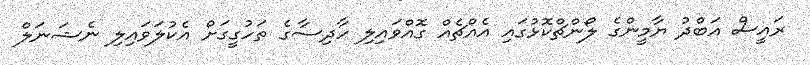
ރައީސް އަބްދު ޔާމީންގެ ލޯންޗްކޮޅުގައި އެއްޗެއް ގޮއްވައިލި ހާދިސާގެ ތަހުގީގަށް އެކުލަވައިލި ނެޝަނަލް